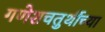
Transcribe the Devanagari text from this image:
गणेशचतुर्थीच्या